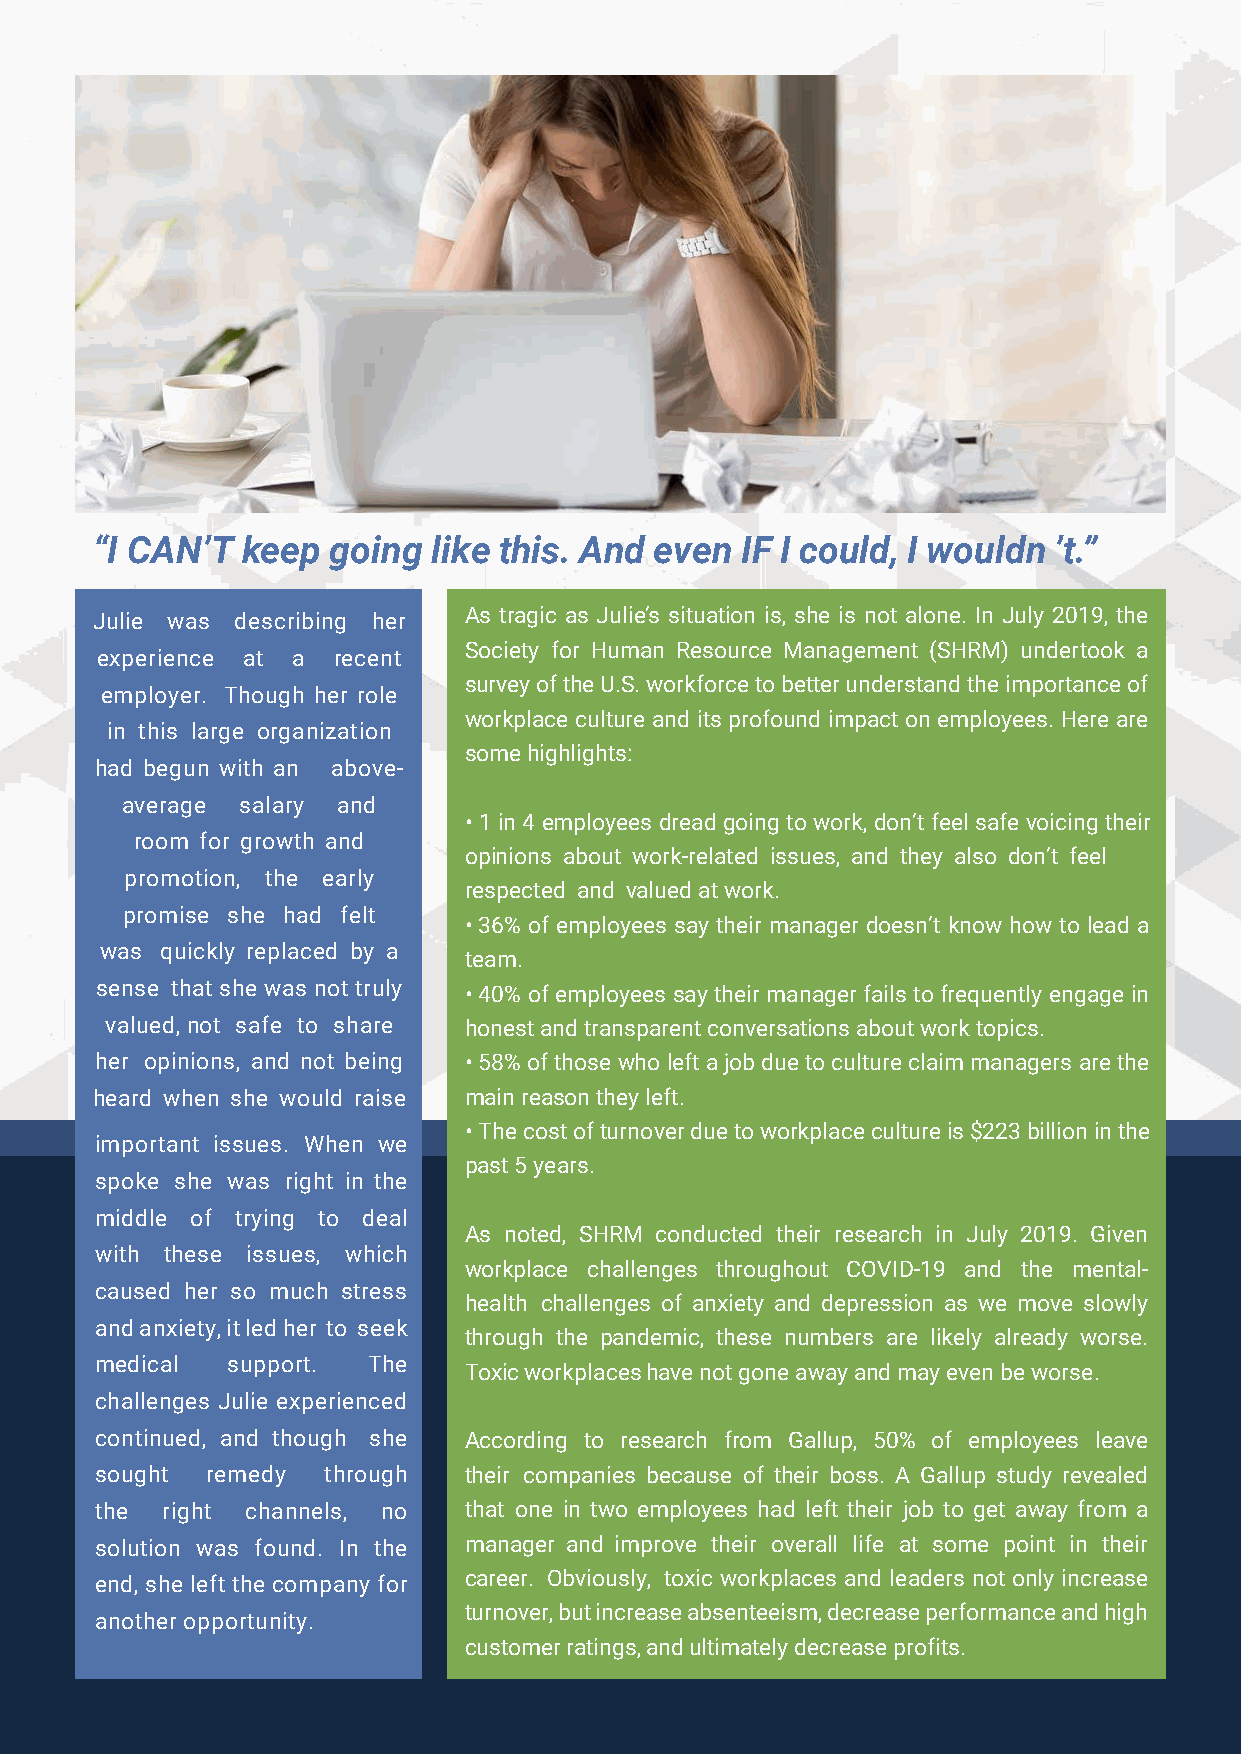
“I CAN’T  keep  going  like this. And even IF I could, I wouldn ’t.”
 Julie was describing her As tragic as Julie’s situation is, she is not alone. In July 2019, the
 Society for Human Resource Management (SHRM) undertook a
 experience at a recent
 survey of the U.S. workforce to better understand the importance of
 employer. Though her role
 workplace culture and its profound impact on employees. Here are
 in this large organization
 some highlights:
 had begun with an above-
 average salary and
 • 1 in 4 employees dread going to work, don’t feel safe voicing their
 room for growth and
 opinions about work-related issues, and they also don’t feel
 promotion, the early
 respected and valued at work.
 promise she had felt
 • 36% of employees say their manager doesn’t know how to lead a
 was quickly replaced by a
 team.
 sense that she was not truly • 40% of employees say their manager fails to frequently engage in
 valued, not safe to share honest and transparent conversations about work topics.
 her opinions, and not being • 58% of those who left a job due to culture claim managers are the
 heard when she would raise main reason they left.
 • The cost of turnover due to workplace culture is $223 billion in the
 important issues. When we
 past 5 years.
 spoke she was right in the
 middle of trying to deal
 As noted, SHRM conducted their research in July 2019. Given
 with these issues, which
 workplace challenges throughout COVID-19 and the mental-
 caused her so much stress
 health challenges of anxiety and depression as we move slowly
 and anxiety, it led her to seek
 through the pandemic, these numbers are likely already worse.
 medical  support. The
 Toxic workplaces have not gone away and may even be worse.
 challenges Julie experienced
 continued, and though she According to research from Gallup, 50% of employees leave
 sought  remedy through   their companies because of their boss. A Gallup study revealed
 the  right channels, no  that one in two employees had left their job to get away from a
 solution was found. In the manager and improve their overall life at some point in their
 career. Obviously, toxic workplaces and leaders not only increase
 end, she left the company for
 turnover, but increase absenteeism, decrease performance and high
 another opportunity.
 customer ratings, and ultimately decrease profits.